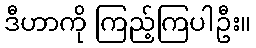
ဒီဟာကို ကြည့်ကြပါဦး။